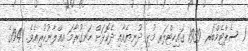
1 ސެޕްޓެމްބަރ 1939 ގައިހިޓްލަރ މުޅި ދުނިޔެއާއި ދެކޮޅަށް ހަނގުރާމަ އިޢްލާނުކުރިއެވެ. 1941ގެ